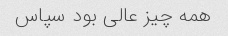
همه چیز عالی بود سپاس